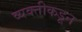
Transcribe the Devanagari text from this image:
व्यक्‍तीकडून